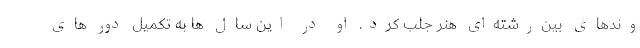
وندهای بین‌رشته‌ای هنر جلب کرد. او در این سال ها به تکمیل دور های